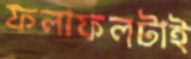
ফলাফলটাই